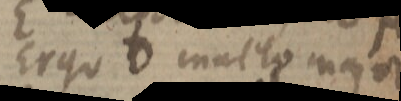
Ergo D malto major